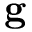
\mathbf { g }